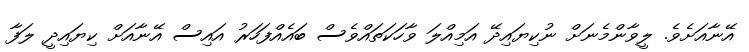
އޭނާއަށެވެ. ލީވާންމެނަށް ނުކިޔައިދޭ އަމިއްލަ ވާހަކަތައްވެސް ބައެއްފަހަރު އައިސް އޭނާއަށް ކިޔައިދީ ލަފާ